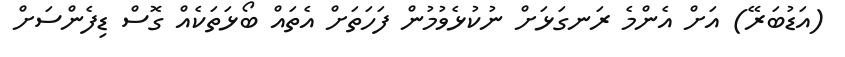
(އަޑުބަރޭ) އަށް އެންމެ ރަނގަޅަށް ނުކުޅެވުމުން ފަހަތަށް އެތައް ބޯޅަތަކެއް ގޮސް ޑިފެންސަށް